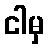
ငါမှ